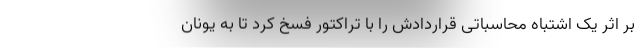
بر اثر یک اشتباه محاسباتی قراردادش را با تراکتور فسخ کرد تا به یونان